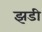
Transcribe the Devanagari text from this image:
झडी